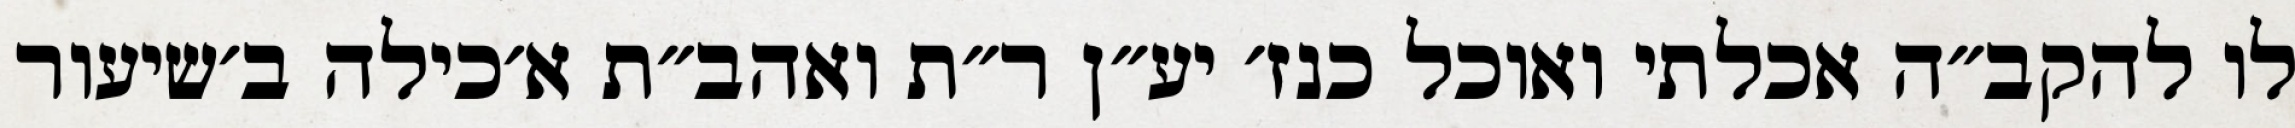
לו להקב״ה אכלתי ואוכל כנז׳ יע״ן ר״ת ואהב״ת א׳כילה ב׳שיעור